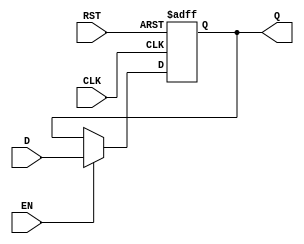
module DataRegister (
    input wire D,        // Data input
    input wire CLK,      // Clock input
    input wire EN,       // Enable input
    input wire RST,      // Reset input
    output reg Q         // Data output
);

    // Asynchronous reset and clocked behavior
    always @(posedge CLK or posedge RST) begin
        if (RST) begin
            Q <= 1'b0;   // Asynchronously reset Q to 0
        end else if (EN) begin
            Q <= D;      // Capture input D on rising edge of CLK when EN is high
        end
        // If EN is low, retain the current value of Q
    end

endmodule